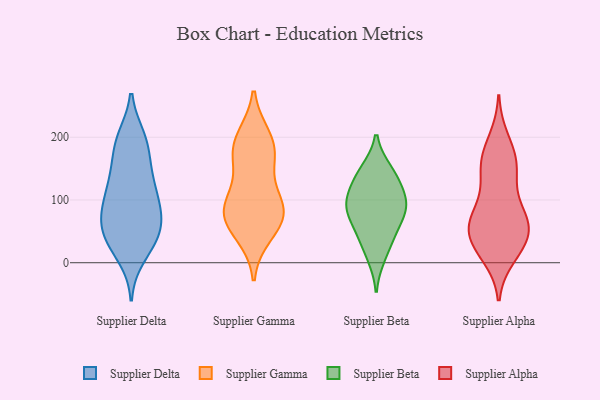
{"axis": {"x": "Demand Index", "y": "Value"}, "legend": ["Supplier Alpha", "Supplier Beta", "Supplier Delta", "Supplier Gamma"], "data": [{"x": "", "y": 123, "type": "Supplier Delta"}, {"x": "", "y": 182, "type": "Supplier Delta"}, {"x": "", "y": 199, "type": "Supplier Delta"}, {"x": "", "y": 128, "type": "Supplier Delta"}, {"x": "", "y": 40, "type": "Supplier Delta"}, {"x": "", "y": 27, "type": "Supplier Delta"}, {"x": "", "y": 150, "type": "Supplier Delta"}, {"x": "", "y": 52, "type": "Supplier Delta"}, {"x": "", "y": 100, "type": "Supplier Delta"}, {"x": "", "y": 199, "type": "Supplier Delta"}, {"x": "", "y": 138, "type": "Supplier Delta"}, {"x": "", "y": 83, "type": "Supplier Delta"}, {"x": "", "y": 49, "type": "Supplier Delta"}, {"x": "", "y": 62, "type": "Supplier Delta"}, {"x": "", "y": 32, "type": "Supplier Delta"}, {"x": "", "y": 97, "type": "Supplier Delta"}, {"x": "", "y": 189, "type": "Supplier Delta"}, {"x": "", "y": 10, "type": "Supplier Delta"}, {"x": "", "y": 73, "type": "Supplier Delta"}, {"x": "", "y": 82, "type": "Supplier Delta"}, {"x": "", "y": 47, "type": "Supplier Gamma"}, {"x": "", "y": 88, "type": "Supplier Gamma"}, {"x": "", "y": 81, "type": "Supplier Gamma"}, {"x": "", "y": 185, "type": "Supplier Gamma"}, {"x": "", "y": 73, "type": "Supplier Gamma"}, {"x": "", "y": 198, "type": "Supplier Gamma"}, {"x": "", "y": 181, "type": "Supplier Gamma"}, {"x": "", "y": 73, "type": "Supplier Gamma"}, {"x": "", "y": 158, "type": "Supplier Gamma"}, {"x": "", "y": 100, "type": "Supplier Gamma"}, {"x": "", "y": 82, "type": "Supplier Beta"}, {"x": "", "y": 112, "type": "Supplier Beta"}, {"x": "", "y": 43, "type": "Supplier Beta"}, {"x": "", "y": 87, "type": "Supplier Beta"}, {"x": "", "y": 45, "type": "Supplier Beta"}, {"x": "", "y": 123, "type": "Supplier Beta"}, {"x": "", "y": 10, "type": "Supplier Beta"}, {"x": "", "y": 88, "type": "Supplier Beta"}, {"x": "", "y": 86, "type": "Supplier Beta"}, {"x": "", "y": 147, "type": "Supplier Beta"}, {"x": "", "y": 144, "type": "Supplier Beta"}, {"x": "", "y": 133, "type": "Supplier Alpha"}, {"x": "", "y": 80, "type": "Supplier Alpha"}, {"x": "", "y": 65, "type": "Supplier Alpha"}, {"x": "", "y": 81, "type": "Supplier Alpha"}, {"x": "", "y": 66, "type": "Supplier Alpha"}, {"x": "", "y": 11, "type": "Supplier Alpha"}, {"x": "", "y": 173, "type": "Supplier Alpha"}, {"x": "", "y": 51, "type": "Supplier Alpha"}, {"x": "", "y": 23, "type": "Supplier Alpha"}, {"x": "", "y": 46, "type": "Supplier Alpha"}, {"x": "", "y": 159, "type": "Supplier Alpha"}, {"x": "", "y": 160, "type": "Supplier Alpha"}, {"x": "", "y": 25, "type": "Supplier Alpha"}, {"x": "", "y": 196, "type": "Supplier Alpha"}, {"x": "", "y": 141, "type": "Supplier Alpha"}, {"x": "", "y": 34, "type": "Supplier Alpha"}, {"x": "", "y": 66, "type": "Supplier Alpha"}]}